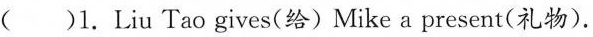
( )1.Liu Tao gives(给)Mike a present(礼物).